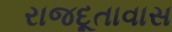
રાજદૂતાવાસ